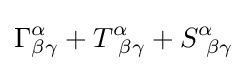
\Gamma _{\beta \gamma }^{\alpha }+T_{~\beta \gamma }^{\alpha }+S_{~\beta \gamma }^{\alpha }